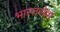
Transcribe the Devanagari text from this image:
भारतसेवा